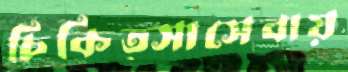
চিকিত্সাসেবায়